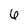
Character: 6